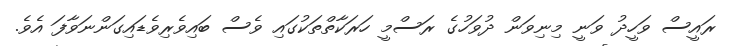
ރައީސް ވަހީދު ވަނީ މިނިވަން ދުވަހުގެ ރަސްމީ ހަރަކާތްތަކުގައި ވެސް ބައިވެރިވެޑައިގަންނަވާފަ އެވެ.